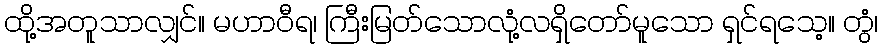
ထို့အတူသာလျှင်။ မဟာဝီရ၊ ကြီးမြတ်သောလုံ့လရှိတော်မူသော ရှင်ရသေ့။ တွံ၊